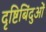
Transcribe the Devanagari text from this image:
दृष्टिबिंदुओं